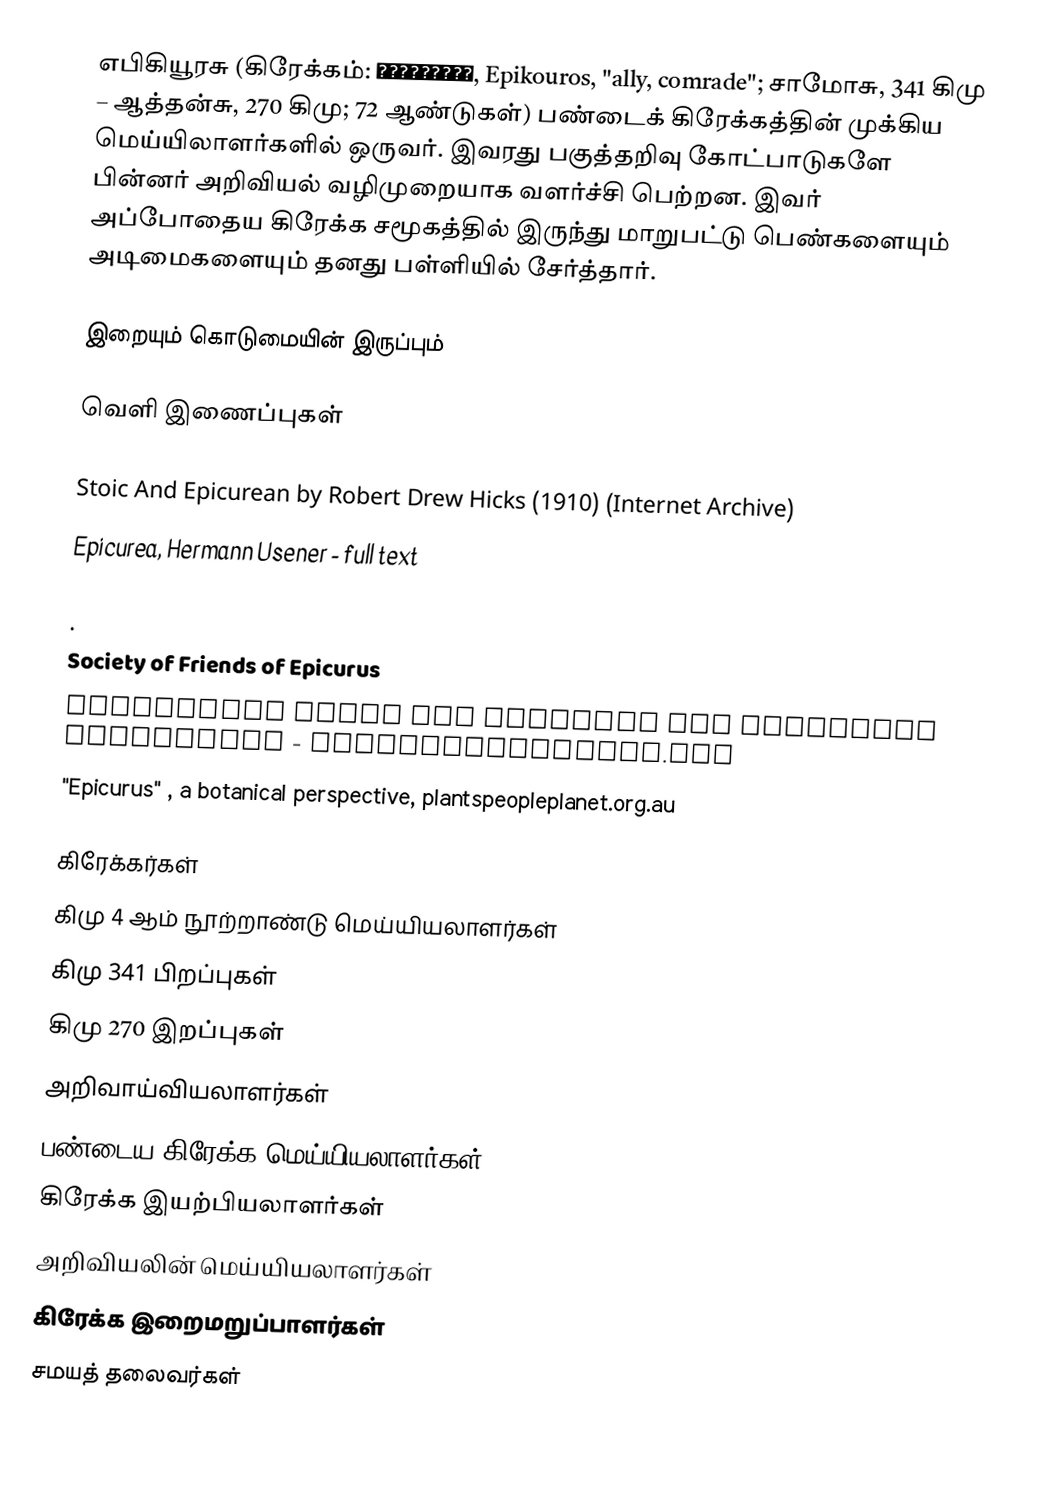
எபிகியூரசு (கிரேக்கம்: Ἐπίκουρος, Epikouros, "ally, comrade"; சாமோசு, 341 கிமு – ஆத்தன்சு, 270 கிமு; 72 ஆண்டுகள்) பண்டைக் கிரேக்கத்தின் முக்கிய மெய்யிலாளர்களில் ஒருவர்.  இவரது பகுத்தறிவு கோட்பாடுகளே பின்னர் அறிவியல் வழிமுறையாக வளர்ச்சி பெற்றன.  இவர் அப்போதைய கிரேக்க சமூகத்தில் இருந்து மாறுபட்டு பெண்களையும் அடிமைகளையும் தனது பள்ளியில் சேர்த்தார்.

இறையும் கொடுமையின் இருப்பும்

வெளி இணைப்புகள்

 Stoic And Epicurean by Robert Drew Hicks (1910) (Internet Archive)
 Epicurea, Hermann Usener - full text

 .
 Society of Friends of Epicurus
 Discussion Forum for Epicurus and Epicurean philosophy - EpicureanFriends.com
 "Epicurus" , a botanical perspective, plantspeopleplanet.org.au

கிரேக்கர்கள்
கிமு 4 ஆம் நூற்றாண்டு மெய்யியலாளர்கள்
கிமு 341 பிறப்புகள்
கிமு 270 இறப்புகள்
அறிவாய்வியலாளர்கள்
பண்டைய கிரேக்க மெய்யியலாளர்கள்
கிரேக்க இயற்பியலாளர்கள்
அறிவியலின் மெய்யியலாளர்கள்
கிரேக்க இறைமறுப்பாளர்கள்
சமயத் தலைவர்கள்